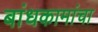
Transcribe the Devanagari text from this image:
बांधकामांचा